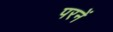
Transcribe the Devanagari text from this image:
परनें